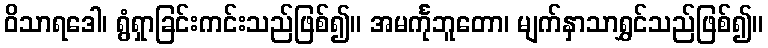
ဝိသာရဒေါ၊ ရွံရှာခြင်းကင်းသည်ဖြစ်၍။ အမင်္ကုဘူတော၊ မျက်နှာသာရွှင်သည်ဖြစ်၍။